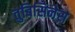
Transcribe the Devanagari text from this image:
तुबिसिनेस